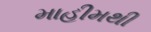
માહીમથી